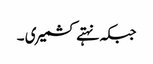
جبکہ نہتے کشمیری ۔